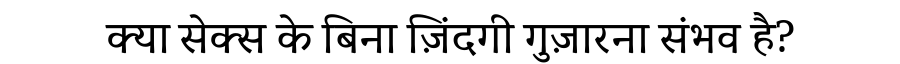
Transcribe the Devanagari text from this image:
क्या सेक्स के बिना ज़िंदगी गुज़ारना संभव है?